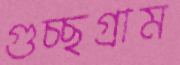
গুচ্ছগ্রাম